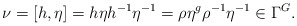
\begin{align*} \nu = [h,\eta] = h\eta h^{-1}\eta^{-1} = \rho \eta^{g} \rho^{-1} \eta^{-1} \in \Gamma^G.\end{align*}